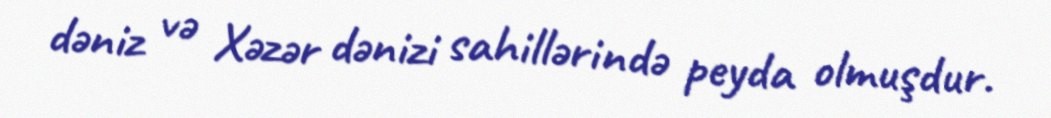
dəniz və Xəzər dənizi sahillərində peyda olmuşdur.